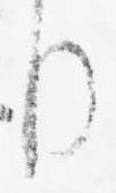
り